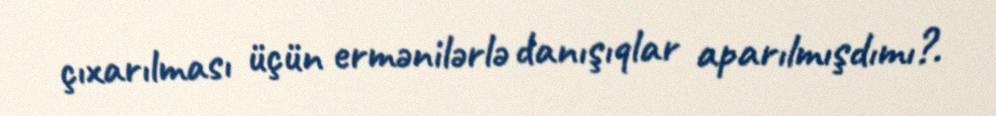
çıxarılması üçün ermənilərlə danışıqlar aparılmışdımı?.